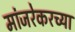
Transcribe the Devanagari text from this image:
मांजरेकरच्या